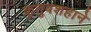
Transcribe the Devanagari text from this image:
कुतुबशहाने